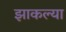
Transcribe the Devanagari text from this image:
झाकल्या